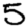
Digit: 5